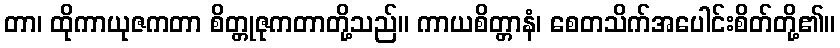
တာ၊ ထိုကာယုဇကတာ စိတ္တုဇုကတာတို့သည်။ ကာယစိတ္တာနံ၊ စေတသိက်အပေါင်းစိတ်တို့၏။